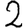
Digit: 2